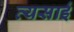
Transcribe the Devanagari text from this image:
व्यसाई